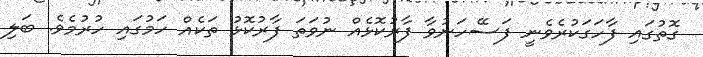
ގޮތުގައި ފާހަގަކުރެވެނީ ފަސޭހަނުވާ ފާރުކޮޅެއް ނުވަތަ ފާރުކޮޅު ތަކެއް ހަމުގައި ހުރުމެވެ. ބަލި